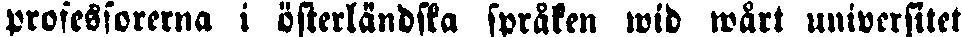
professorerna i österländska språken wid wårt universitet.